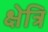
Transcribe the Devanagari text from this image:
क्षेत्रि